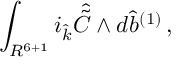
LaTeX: \int _ { R ^ { 6 + 1 } } i _ { \hat { k } } { \hat { \tilde { C } } } \wedge d { \hat { b } } ^ { ( 1 ) } \, ,